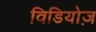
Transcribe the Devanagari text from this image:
विडियोज़